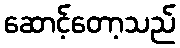
ဆောင့်တော့သည်